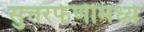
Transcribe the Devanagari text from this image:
सुत्तरफेणीमध्ये